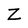
Character: Z